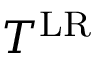
T ^ { \mathrm { L R } }